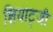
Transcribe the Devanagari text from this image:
शियाट्जी